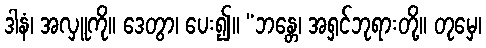
ဒါနံ၊ အလှူကို။ ဒေတွာ၊ ပေး၍။ “ဘန္တေ၊ အရှင်ဘုရားတို့။ တုမှေ၊